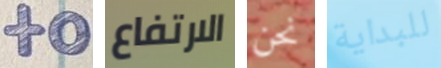
to الارتفاع نحن للبداية